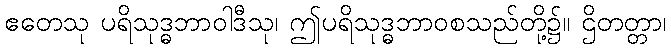
ဧတေသု ပရိသုဒ္ဓဘာဝါဒီသု၊ ဤပရိသုဒ္ဓဘာဝစသည်တို့၌။ ဌိတတ္တာ၊